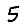
Digit: 5